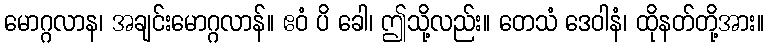
မောဂ္ဂလာန၊ အချင်းမောဂ္ဂလာန်။ ဧဝံ ပိ ခေါ၊ ဤသို့လည်း။ တေသံ ဒေဝါနံ၊ ထိုနတ်တို့အား။